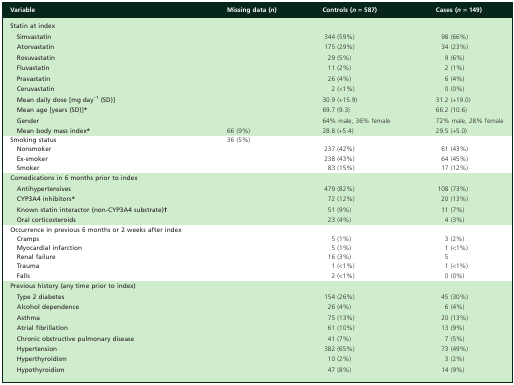
<table><thead><tr><td><b>Variable</b></td><td><b>Missing data (<i>n</i>)</b></td><td><b>Controls (<i>n</i> = 587)</b></td><td><b>Cases (<i>n</i> = 149)</b></td></tr></thead><tbody><tr><td><b>Statin at index</b></td><td></td><td></td><td></td></tr><tr><td> <b>Simvastatin</b></td><td></td><td>344 (59%)</td><td>98 (66%)</td></tr><tr><td> <b>Atorvastatin</b></td><td></td><td>175 (29%)</td><td>34 (23%)</td></tr><tr><td> <b>Rosuvastatin</b></td><td></td><td>29 (5%)</td><td>9 (6%)</td></tr><tr><td> <b>Fluvastatin</b></td><td></td><td>11 (2%)</td><td>2 (1%)</td></tr><tr><td> <b>Pravastatin</b></td><td></td><td>26 (4%)</td><td>6 (4%)</td></tr><tr><td> <b>Ceruvastatin</b></td><td></td><td>2 (&lt;1%)</td><td>0 (0%)</td></tr><tr><td> <b>Mean daily dose [mg day<sup>−1</sup> (SD)]</b></td><td></td><td>30.9 (+15.9)</td><td>31.2 (+19.0)</td></tr><tr><td> <b>Mean age [years (SD)]</b>*</td><td></td><td>69.7 (9.3)</td><td>66.2 (10.6)</td></tr><tr><td> <b>Gender</b></td><td></td><td>64% male, 36% female</td><td>72% male, 28% female</td></tr><tr><td> <b>Mean body mass index</b>*</td><td>66 (9%)</td><td>28.8 (+5.4)</td><td>29.5 (+5.0)</td></tr><tr><td><b>Smoking status</b></td><td>36 (5%)</td><td></td><td></td></tr><tr><td> <b>Nonsmoker</b></td><td></td><td>237 (42%)</td><td>61 (43%)</td></tr><tr><td> <b>Ex-smoker</b></td><td></td><td>238 (43%)</td><td>64 (45%)</td></tr><tr><td> <b>Smoker</b></td><td></td><td>83 (15%)</td><td>17 (12%)</td></tr><tr><td><b>Comedications in 6 months prior to index</b></td><td></td><td></td><td></td></tr><tr><td> <b>Antihypertensives</b></td><td></td><td>479 (82%)</td><td>108 (73%)</td></tr><tr><td> <b>CYP3A4 inhibitors</b>*</td><td></td><td>72 (12%)</td><td>20 (13%)</td></tr><tr><td> <b>Known statin interactor (non-CYP3A4 substrate)</b>†</td><td></td><td>51 (9%)</td><td>11 (7%)</td></tr><tr><td> <b>Oral corticosteroids</b></td><td></td><td>23 (4%)</td><td>4 (3%)</td></tr><tr><td><b>Occurrence in previous 6 months or 2 weeks after index</b></td><td></td><td></td><td></td></tr><tr><td> <b>Cramps</b></td><td></td><td>5 (1%)</td><td>3 (2%)</td></tr><tr><td> <b>Myocardial infarction</b></td><td></td><td>5 (1%)</td><td>1 (&lt;1%)</td></tr><tr><td> <b>Renal failure</b></td><td></td><td>16 (3%)</td><td>5</td></tr><tr><td> <b>Trauma</b></td><td></td><td>1 (&lt;1%)</td><td>1 (&lt;1%)</td></tr><tr><td> <b>Falls</b></td><td></td><td>2 (&lt;1%)</td><td>0 (0%)</td></tr><tr><td><b>Previous history (any time prior to index)</b></td><td></td><td></td><td></td></tr><tr><td> <b>Type 2 diabetes</b></td><td></td><td>154 (26%)</td><td>45 (30%)</td></tr><tr><td> <b>Alcohol dependence</b></td><td></td><td>26 (4%)</td><td>6 (4%)</td></tr><tr><td> <b>Asthma</b></td><td></td><td>75 (13%)</td><td>20 (13%)</td></tr><tr><td> <b>Atrial fibrillation</b></td><td></td><td>61 (10%)</td><td>13 (9%)</td></tr><tr><td> <b>Chronic obstructive pulmonary disease</b></td><td></td><td>41 (7%)</td><td>7 (5%)</td></tr><tr><td> <b>Hypertension</b></td><td></td><td>382 (65%)</td><td>73 (49%)</td></tr><tr><td> <b>Hyperthyroidism</b></td><td></td><td>10 (2%)</td><td>3 (2%)</td></tr><tr><td> <b>Hypothyroidism</b></td><td></td><td>47 (8%)</td><td>14 (9%)</td></tr></tbody></table>